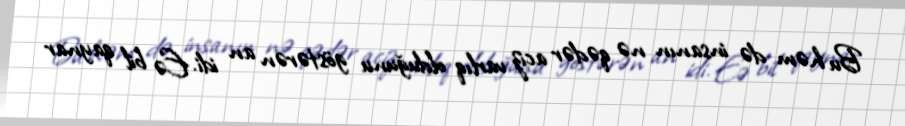
Bu həm də insanın nə qədər aciz varlıq olduğunu göstərən an idi. Eə bil qaynar